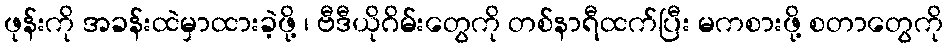
ဖုန်းကို အခန်းထဲမှာထားခဲ့ဖို့ ၊ ဗီဒီယိုဂိမ်းတွေကို တစ်နာရီထက်ပြီး မကစားဖို့ စတာတွေကို